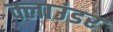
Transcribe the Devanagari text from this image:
क्लाउंडर